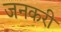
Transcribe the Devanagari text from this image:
जनकरी